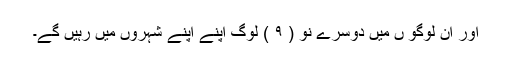
اور ان لوگو ں میں دوسرے نو ( ۹ ) لوگ اپنے اپنے شہروں میں رہیں گے۔